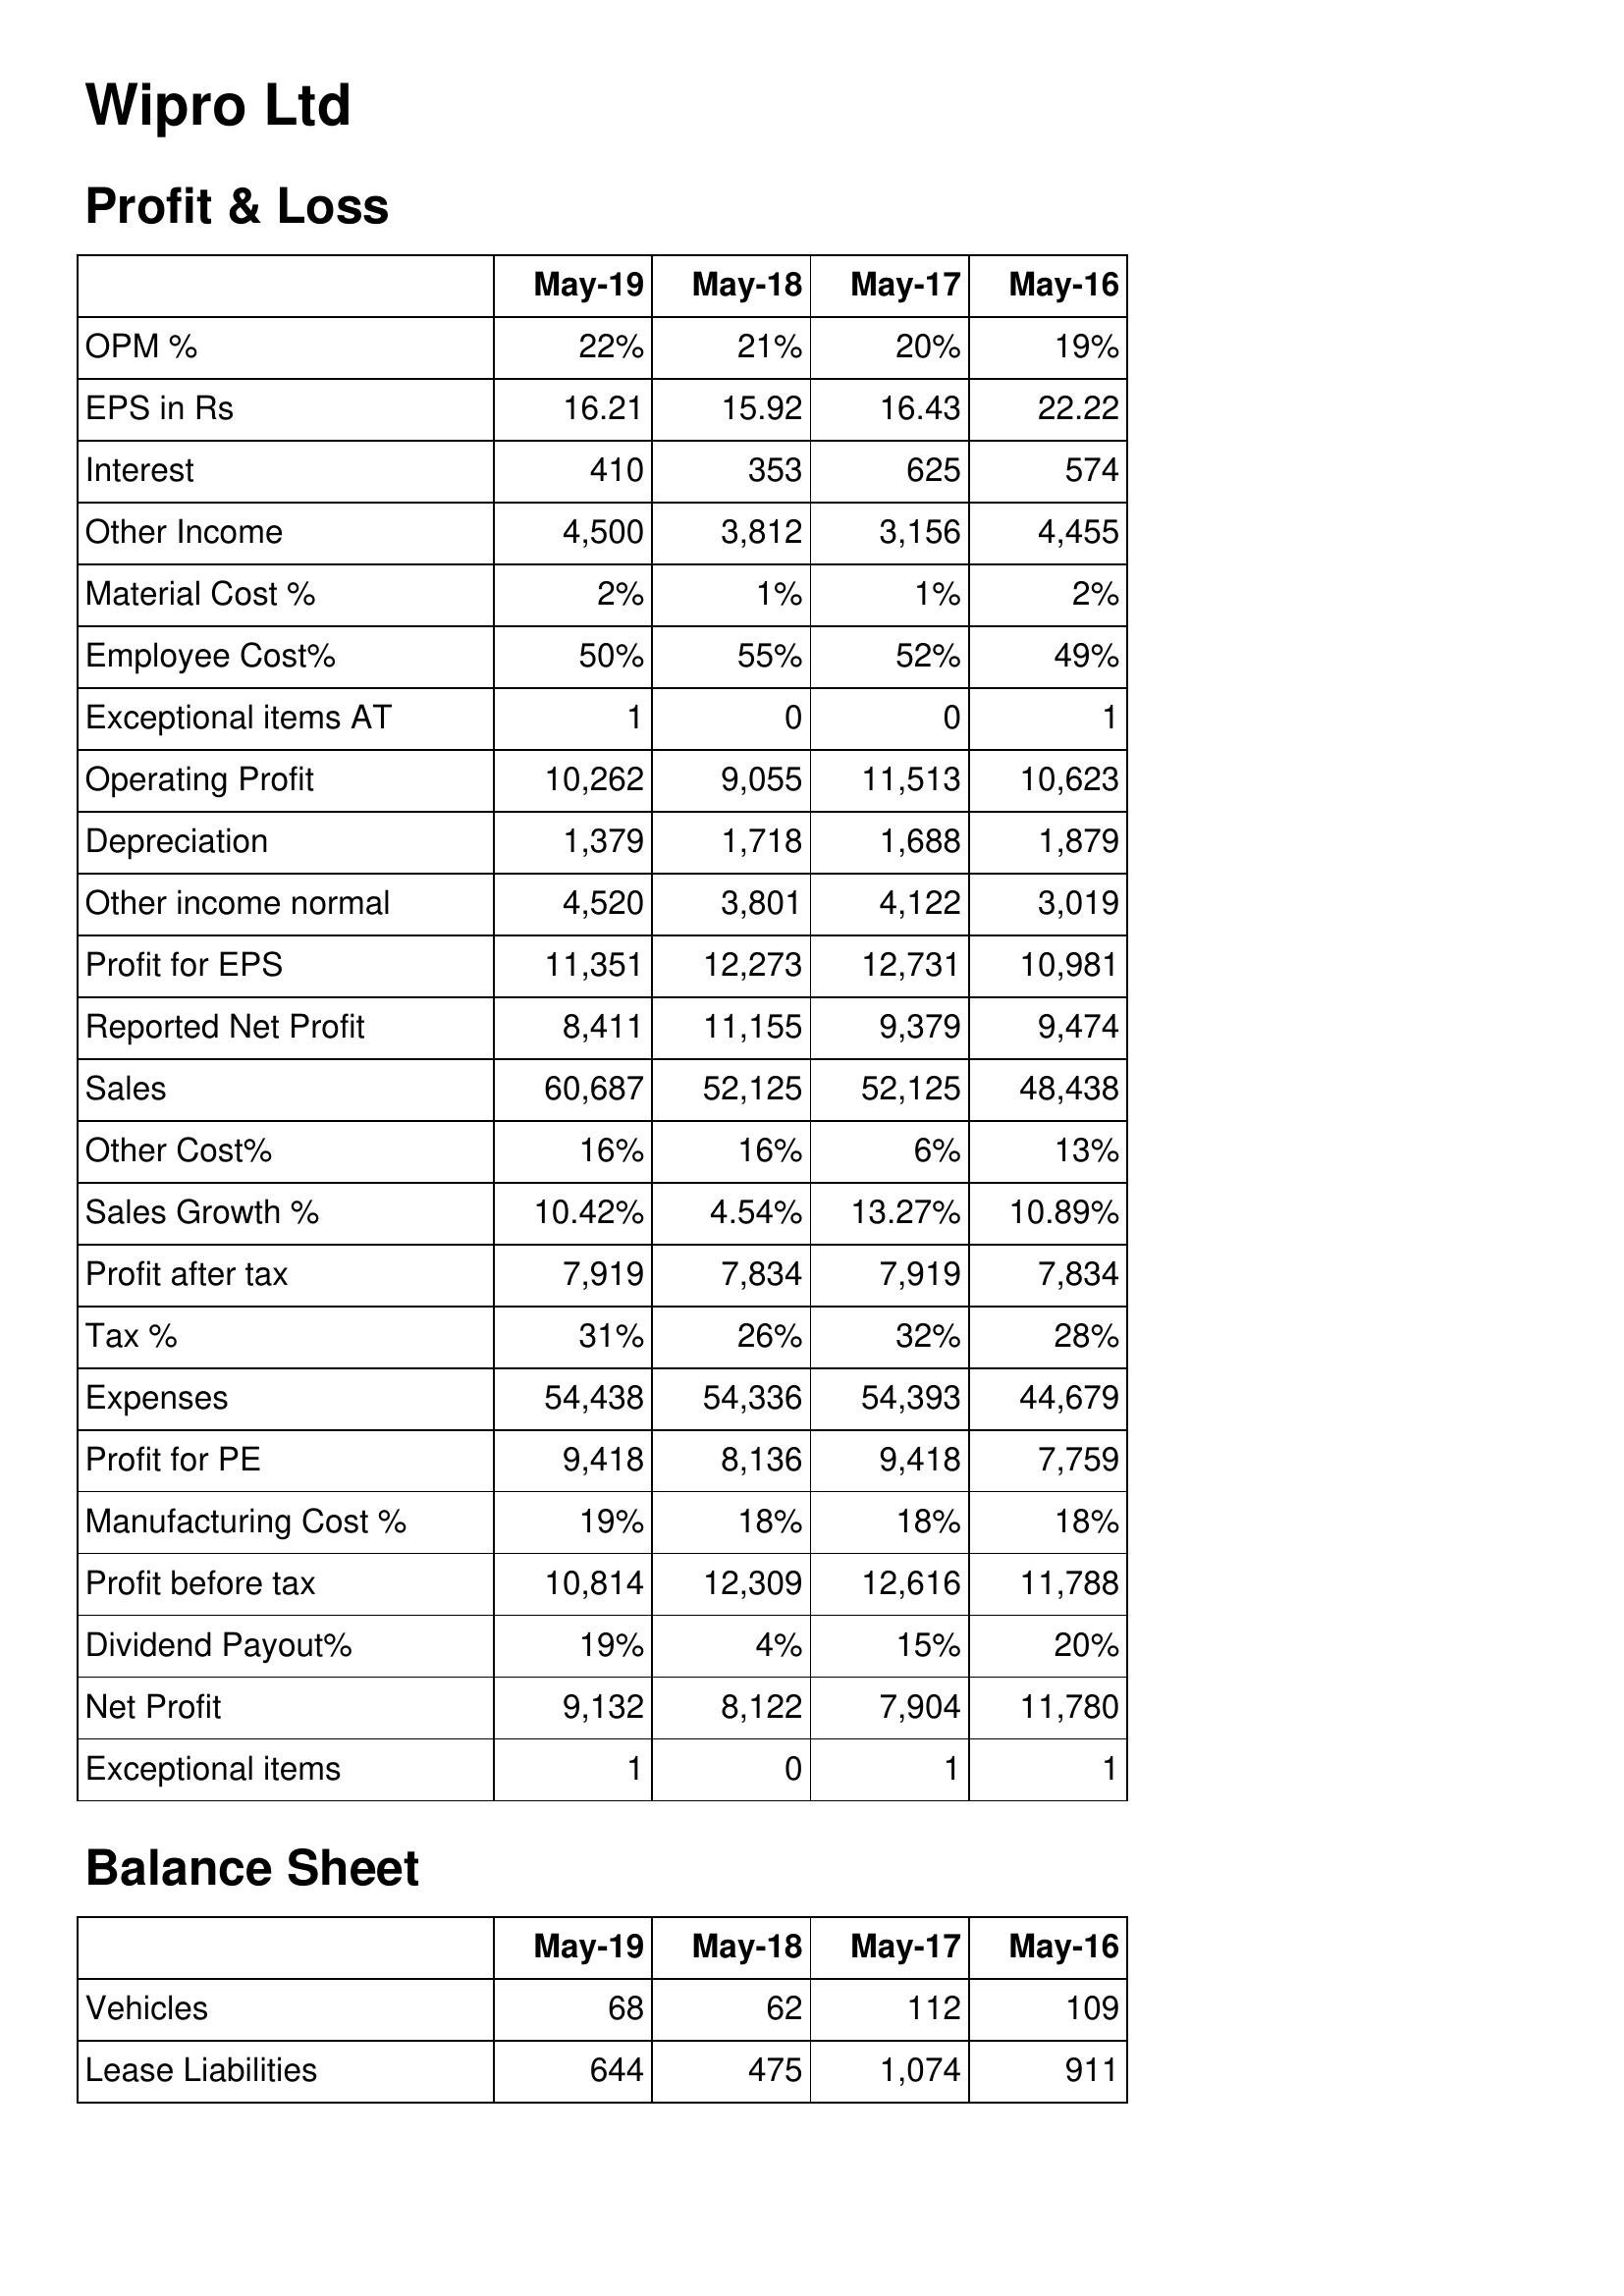
May-19: Profit & Loss: OPM %: 22%
EPS in Rs: 16.21
Interest: 410
Other Income: 4,500
Material Cost %: 2%
Employee Cost%: 50%
Exceptional items AT: 1
Operating Profit: 10,262
Depreciation: 1,379
Other income normal: 4,520
Profit for EPS: 11,351
Reported Net Profit: 8,411
Sales: 60,687
Other Cost%: 16%
Sales Growth %: 10.42%
Profit after tax: 7,919
Tax %: 31%
Expenses: 54,438
Profit for PE: 9,418
Manufacturing Cost %: 19%
Profit before tax: 10,814
Dividend Payout%: 19%
Net Profit: 9,132
Exceptional items: 1
Balance Sheet: Vehicles: 68
Lease Liabilities: 644
May-18: Profit & Loss: OPM %: 21%
EPS in Rs: 15.92
Interest: 353
Other Income: 3,812
Material Cost %: 1%
Employee Cost%: 55%
Exceptional items AT: 0
Operating Profit: 9,055
Depreciation: 1,718
Other income normal: 3,801
Profit for EPS: 12,273
Reported Net Profit: 11,155
Sales: 52,125
Other Cost%: 16%
Sales Growth %: 4.54%
Profit after tax: 7,834
Tax %: 26%
Expenses: 54,336
Profit for PE: 8,136
Manufacturing Cost %: 18%
Profit before tax: 12,309
Dividend Payout%: 4%
Net Profit: 8,122
Exceptional items: 0
Balance Sheet: Vehicles: 62
Lease Liabilities: 475
May-17: Profit & Loss: OPM %: 20%
EPS in Rs: 16.43
Interest: 625
Other Income: 3,156
Material Cost %: 1%
Employee Cost%: 52%
Exceptional items AT: 0
Operating Profit: 11,513
Depreciation: 1,688
Other income normal: 4,122
Profit for EPS: 12,731
Reported Net Profit: 9,379
Sales: 52,125
Other Cost%: 6%
Sales Growth %: 13.27%
Profit after tax: 7,919
Tax %: 32%
Expenses: 54,393
Profit for PE: 9,418
Manufacturing Cost %: 18%
Profit before tax: 12,616
Dividend Payout%: 15%
Net Profit: 7,904
Exceptional items: 1
Balance Sheet: Vehicles: 112
Lease Liabilities: 1,074
May-16: Profit & Loss: OPM %: 19%
EPS in Rs: 22.22
Interest: 574
Other Income: 4,455
Material Cost %: 2%
Employee Cost%: 49%
Exceptional items AT: 1
Operating Profit: 10,623
Depreciation: 1,879
Other income normal: 3,019
Profit for EPS: 10,981
Reported Net Profit: 9,474
Sales: 48,438
Other Cost%: 13%
Sales Growth %: 10.89%
Profit after tax: 7,834
Tax %: 28%
Expenses: 44,679
Profit for PE: 7,759
Manufacturing Cost %: 18%
Profit before tax: 11,788
Dividend Payout%: 20%
Net Profit: 11,780
Exceptional items: 1
Balance Sheet: Vehicles: 109
Lease Liabilities: 911